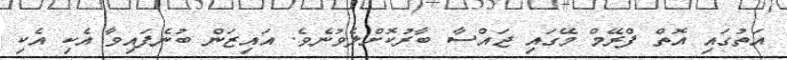
އަތުގައި އޮތް ފްރޭމް މޭގައި ޖައްސާ ބާރުކޮށްލެވުނެވެ. އައިޒަން ބުނެފައިވާ އެކި އެކި